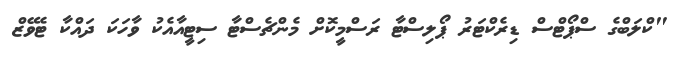
"ކްލަބްގެ ސްޕޯޓްސް ޑިރެކްޓަރު ޕޯލިސްޓާ ރަސްމީކޮށް މެންޗެސްޓާ ސިޓީއާއެކު ވާހަކަ ދައްކާ ޓެވޭޒް